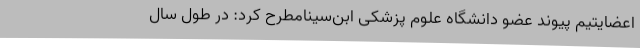
اعضایتیم پیوند عضو دانشگاه علوم پزشکی ابن‌سینامطرح کرد: در طول سال